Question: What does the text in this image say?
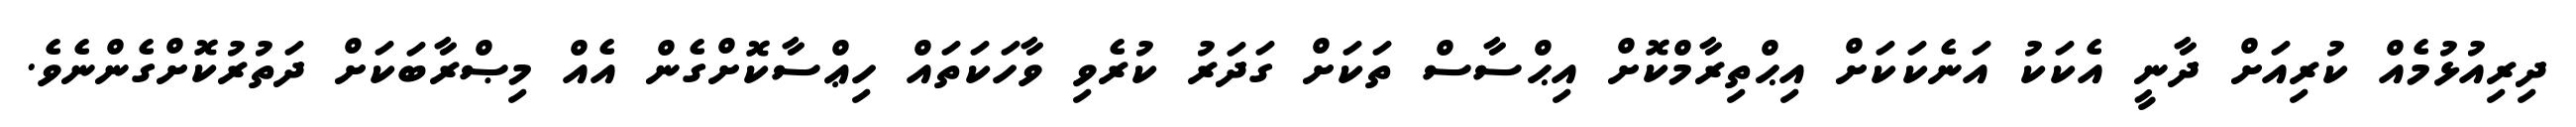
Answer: ދިރިއުޅުމެއް ކުރިއަށް ދާނީ އެކަކު އަނެކަކަށް އިޙްތިރާމްކޮށް އިޙްސާސް ތަކަށް ގަދަރު ކުރެވި ވާހަކަތައް ހިޢްސާކޮށްގެން އެއް މިޞްރާބަކަށް ދަތުރުކޮށްގެންނެވެ.